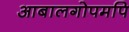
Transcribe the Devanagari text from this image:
आबालगोपमपि